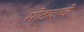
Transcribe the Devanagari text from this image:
मोठ्याचे